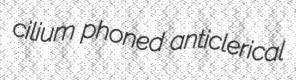
cilium phoned anticlerical